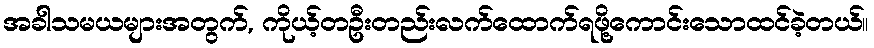
အခါသမယများအတွက်, ကိုယ့်တဦးတည်းလက်ထောက်ရဖို့ကောင်းသောထင်ခဲ့တယ်။